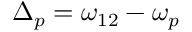
\Delta _ { p } = \omega _ { 1 2 } - \omega _ { p }